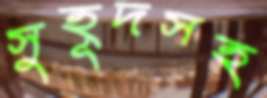
সুহূদসহ